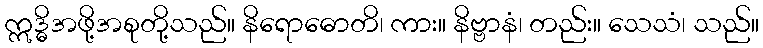
ဣဒ္ဓိအဖို့အစုတို့သည်။ နိရောဓောတိ၊ ကား။ နိဗ္ဗာနံ၊ တည်း။ သေသံ၊ သည်။